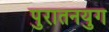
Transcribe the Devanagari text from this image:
पुरातनयुग